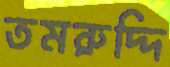
তমরুদ্দি